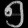
Digit: ၅